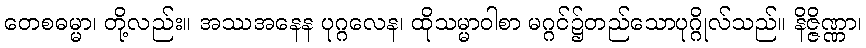
တေစဓမ္မာ၊ တို့လည်း။ အဿအနေန ပုဂ္ဂလေန၊ ထိုသမ္မာဝါစာ မဂ္ဂင်၌တည်သောပုဂ္ဂိုလ်သည်။ နိဇ္ဇိဏ္ဏာ၊